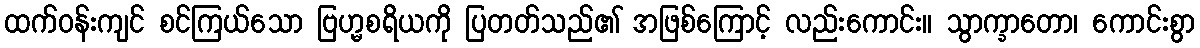
ထက်ဝန်းကျင် စင်ကြယ်သော ဗြဟ္မစရိယကို ပြတတ်သည်၏ အဖြစ်ကြောင့် လည်းကောင်း။ သွာက္ခာတော၊ ကောင်းစွာ